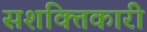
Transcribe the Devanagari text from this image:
सशक्तिकारी